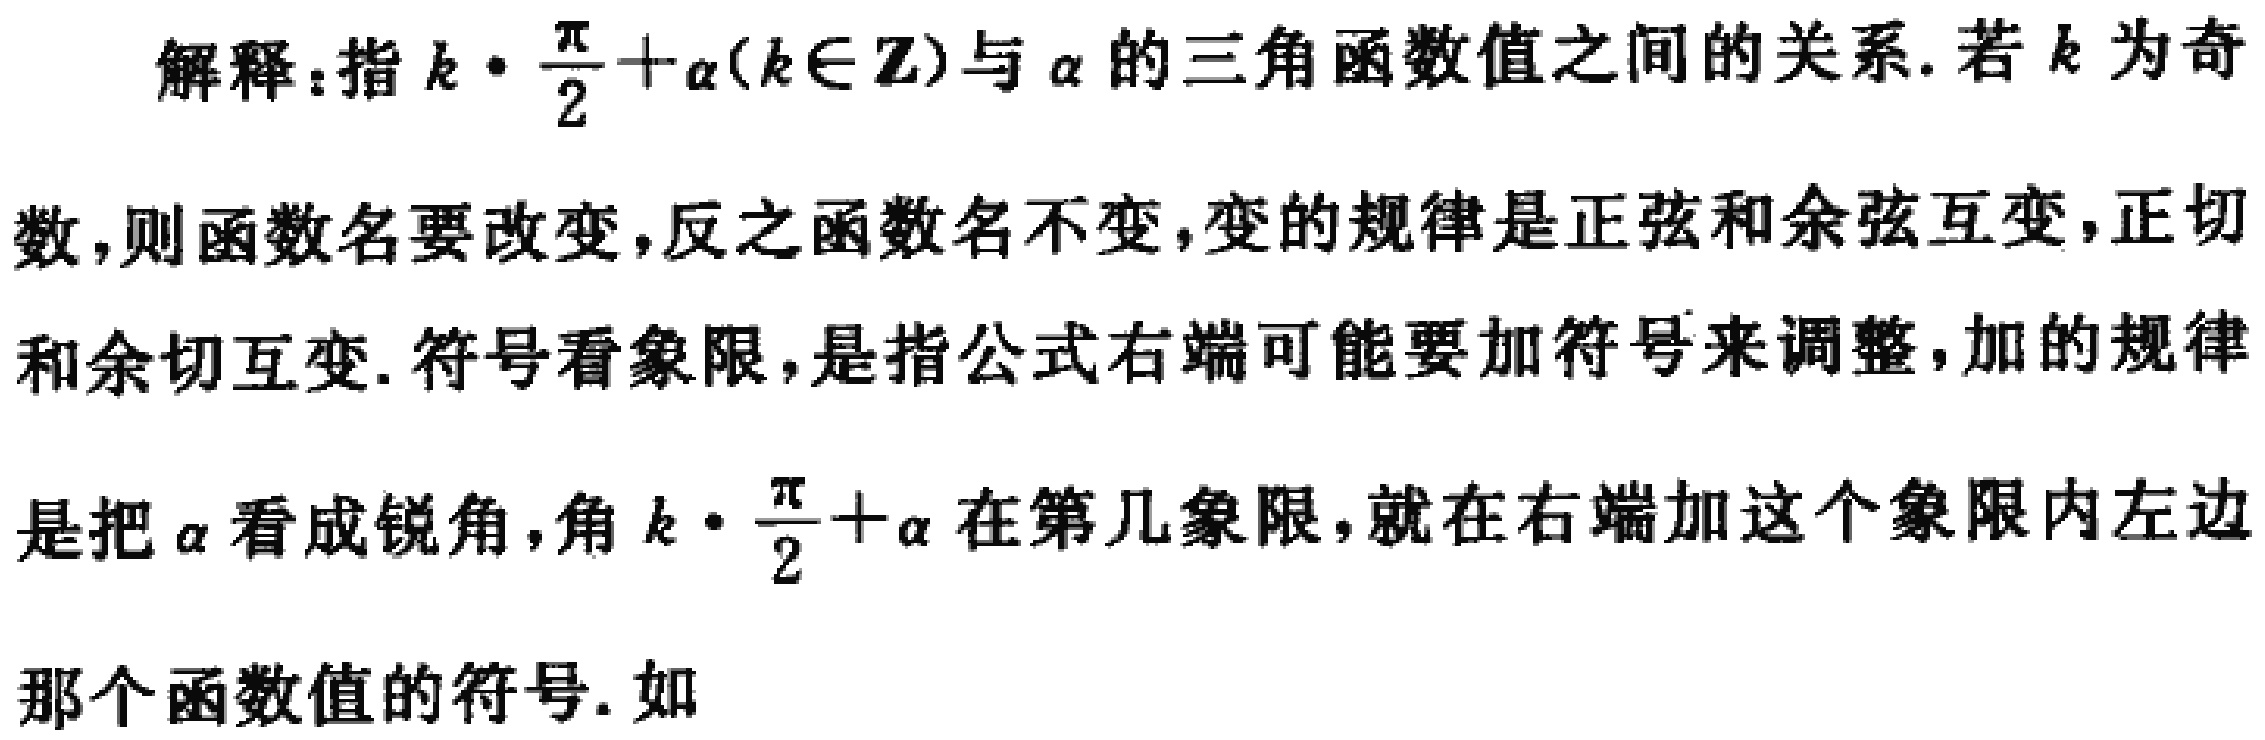
解释：指\(k\cdot\frac{\pi}{2}+\alpha(k\in\mathbb{Z})\)与\(\alpha\)的三角函数值之间的关系. 若\(k\)为奇数，则函数名要改变，反之函数名不变，变的规律是正弦和余弦互变，正切和余切互变. 符号看象限，是指公式右端可能要加符号来调整，加的规律是把\(\alpha\)看成锐角，角\(k\cdot\frac{\pi}{2}+\alpha\)在第几象限，就在右端加这个象限内左边那个函数值的符号. 如